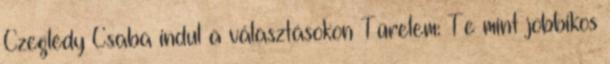
Czeglédy Csaba indul a választásokon Türelem: Te mint jobbikos